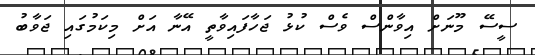
ސީސޭ މޫނަށް އިވާންސް ވެސް ކުޅު ޖަހާފައިވާތީ އޭނާ އަށް މިކަމުގައި ޖަވާބު